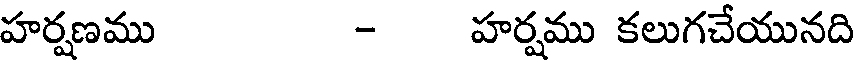
హర్షణము - హర్షము కలుగచేయునది